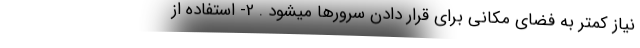
نیاز کمتر به فضای مکانی برای قرار دادن سرورها میشود . 2- استفاده از